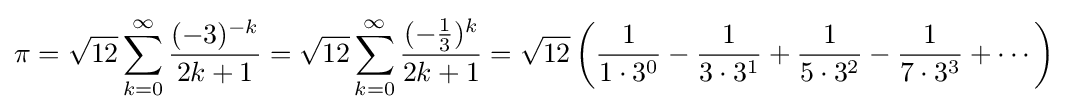
\pi ={\sqrt {12}}\sum _{k=0}^{\infty }{\frac {(-3)^{-k}}{2k+1}}={\sqrt {12}}\sum _{k=0}^{\infty }{\frac {(-{\frac {1}{3}})^{k}}{2k+1}}={\sqrt {12}}\left({1 \over 1\cdot 3^{0}}-{1 \over 3\cdot 3^{1}}+{1 \over 5\cdot 3^{2}}-{1 \over 7\cdot 3^{3}}+\cdots \right)